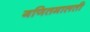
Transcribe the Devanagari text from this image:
गणितमालती